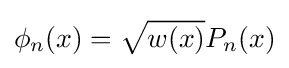
\phi _{n}(x)={\sqrt {w(x)}}P_{n}(x)